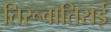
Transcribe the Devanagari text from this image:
तिरूवातिराई